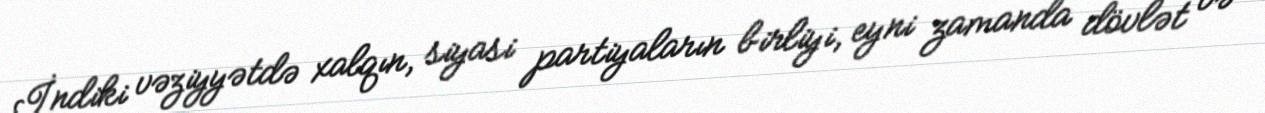
İndiki vəziyyətdə xalqın, siyasi partiyaların birliyi, eyni zamanda dövlət və